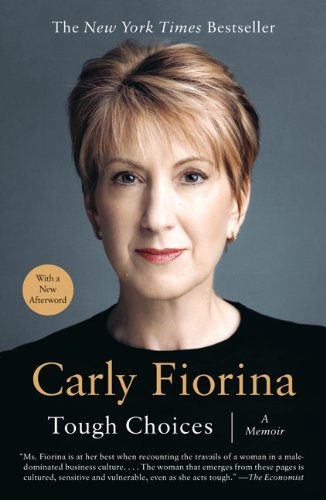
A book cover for Tough Choices: A Memoir; Carly Fiorina; Business & Money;